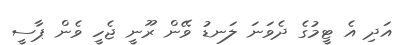
އަދި އެ ޓީމުގެ ދެވަނަ ލަނޑު ވޭން ރޫނީ ޖެހީ ވެން ޕާސީ